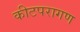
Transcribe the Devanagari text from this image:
कीटपरागण